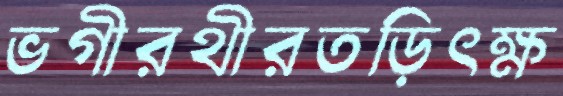
ভগীরথীরতড়িৎক্ষ